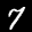
Label: 7